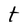
Character: t